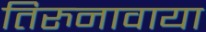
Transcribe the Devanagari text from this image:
तिरुनावाया